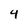
Character: 4